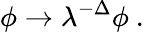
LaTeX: \phi\rightarrow\lambda^{-\Delta}\phi~.